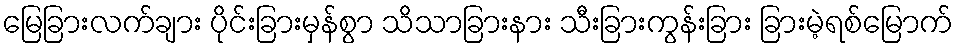
မြေခြားလက်ချား ပိုင်းခြားမှန်စွာ သိသာခြားနား သီးခြားကွန်းခြား ခြားမဲ့ရစ်မြောက်